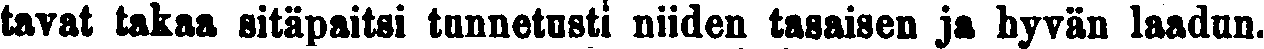
tavat takaa sitäpaitsi tunnetusti niiden tasaisen ja hyvän laadun.